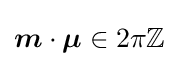
{\boldsymbol {m}}\cdot {\boldsymbol {\mu }}\in 2\pi \mathbb {Z}